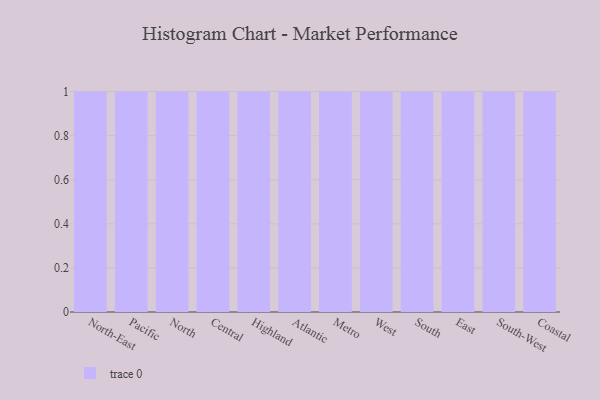
{"axis": {"x": "Region", "y": "Page Views"}, "legend": [""], "data": [{"x": "North-East", "y": 82, "type": ""}, {"x": "Pacific", "y": 81, "type": ""}, {"x": "North", "y": 74, "type": ""}, {"x": "Central", "y": 21, "type": ""}, {"x": "Highland", "y": 75, "type": ""}, {"x": "Atlantic", "y": 78, "type": ""}, {"x": "Metro", "y": 67, "type": ""}, {"x": "West", "y": 32, "type": ""}, {"x": "South", "y": 70, "type": ""}, {"x": "East", "y": 75, "type": ""}, {"x": "South-West", "y": 20, "type": ""}, {"x": "Coastal", "y": 50, "type": ""}]}